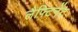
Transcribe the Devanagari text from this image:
लैफ्टिनेंट